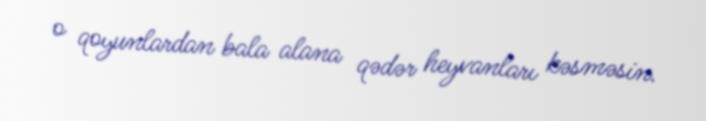
o qoyunlardan bala alana qədər heyvanları kəsməsin.